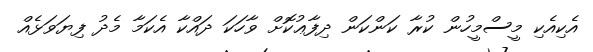
އެކިއެކި މީސްމީހުން ކުރާ ކަންކަން ދިފާޢުކޮށް ވާހަކަ ދައްކާ އެކަމާ މެދު ފިޔަވަޅެއް